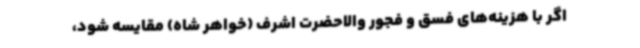
اگر با هزینه‌های فسق‌ و فجور والاحضرت اشرف (خواهر شاه) مقایسه شود،